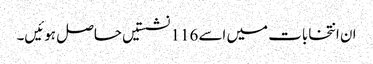
ان انتخابات میں اسے 116 نشستیں حاصل ہوئیں۔